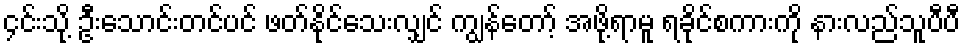
၄င်းသို့ ဦးသောင်းတင်ပင် ဖတ်နိုင်သေးလျှင် ကျွန်တော့် အဖို့ရာမူ ရခိုင်စကားကို နားလည်သူပီပီ